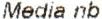
MEDIA NB